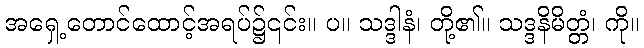
အရှေ့တောင်ထောင့်အရပ်၌၎င်း။ ပ။ သဒ္ဒါနံ၊ တို့၏။ သဒ္ဒနိမိတ္တံ၊ ကို။